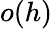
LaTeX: o(h)